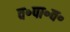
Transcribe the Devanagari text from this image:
व॰पा॰व॰